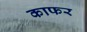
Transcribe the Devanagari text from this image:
काफर